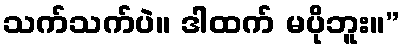
သက်သက်ပဲ။ ဒါထက် မပိုဘူး။”